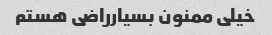
خیلی ممنون بسیارراضی هستم